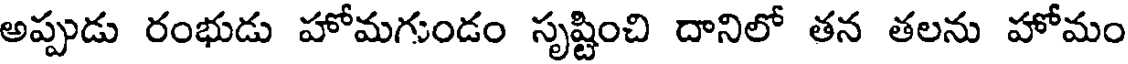
అప్పుడు రంభుడు హోమగుండం సృష్టించి దానిలో తన తలను హోమం